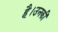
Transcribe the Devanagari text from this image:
है।उनकीं